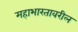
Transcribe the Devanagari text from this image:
महाभारतावरील